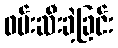
ဖမ်းဆီးခဲ့ခြင်း